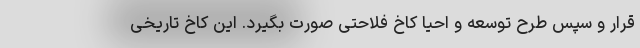
قرار و سپس طرح توسعه و احیا کاخ فلاحتی صورت بگیرد. این کاخ تاریخی